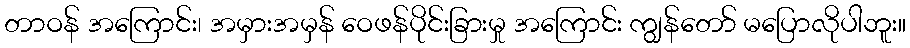
တာဝန် အကြောင်း၊ အမှားအမှန် ဝေဖန်ပိုင်းခြားမှု အကြောင်း ကျွန်တော် မပြောလိုပါဘူး။